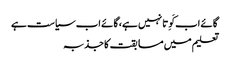
گائے اب کَوِتا نہیں ہے، گائے اب سیاست ہے
تعلیم میں مسابقت کا جذبہ